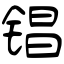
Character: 锠